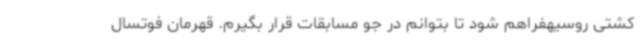
کشتی روسیهفراهم شود تا بتوانم در جو مسابقات قرار بگیرم. قهرمان فوتسال